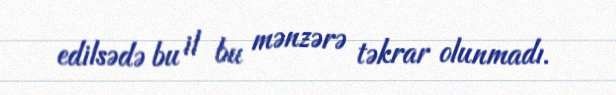
edilsədə bu il bu mənzərə təkrar olunmadı.